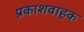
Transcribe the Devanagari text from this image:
प्रकाशवाहक